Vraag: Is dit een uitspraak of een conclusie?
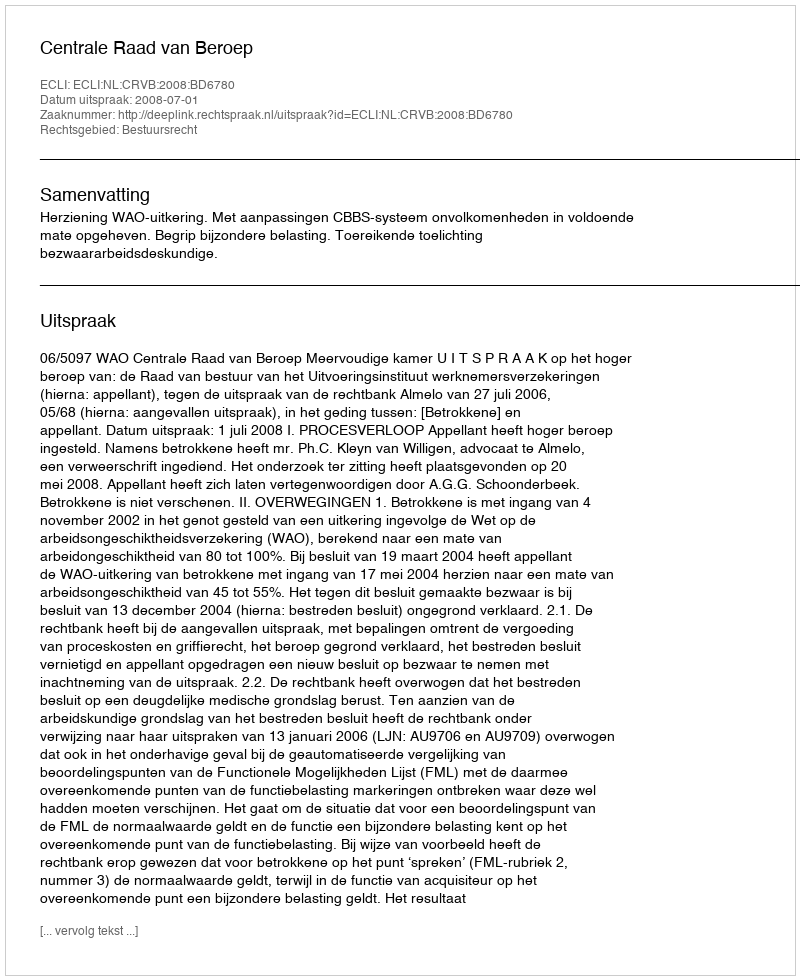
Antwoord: Uitspraak